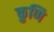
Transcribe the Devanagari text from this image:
कुणि